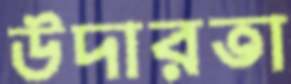
উদারতা